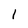
Character: 1